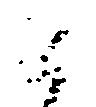
候